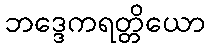
ဘဒ္ဒေကရတ္တိယော